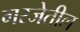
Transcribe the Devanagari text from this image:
गरजेतील